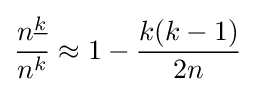
{\frac {n^{\underline {k}}}{n^{k}}}\approx 1-{\frac {k(k-1)}{2n}}